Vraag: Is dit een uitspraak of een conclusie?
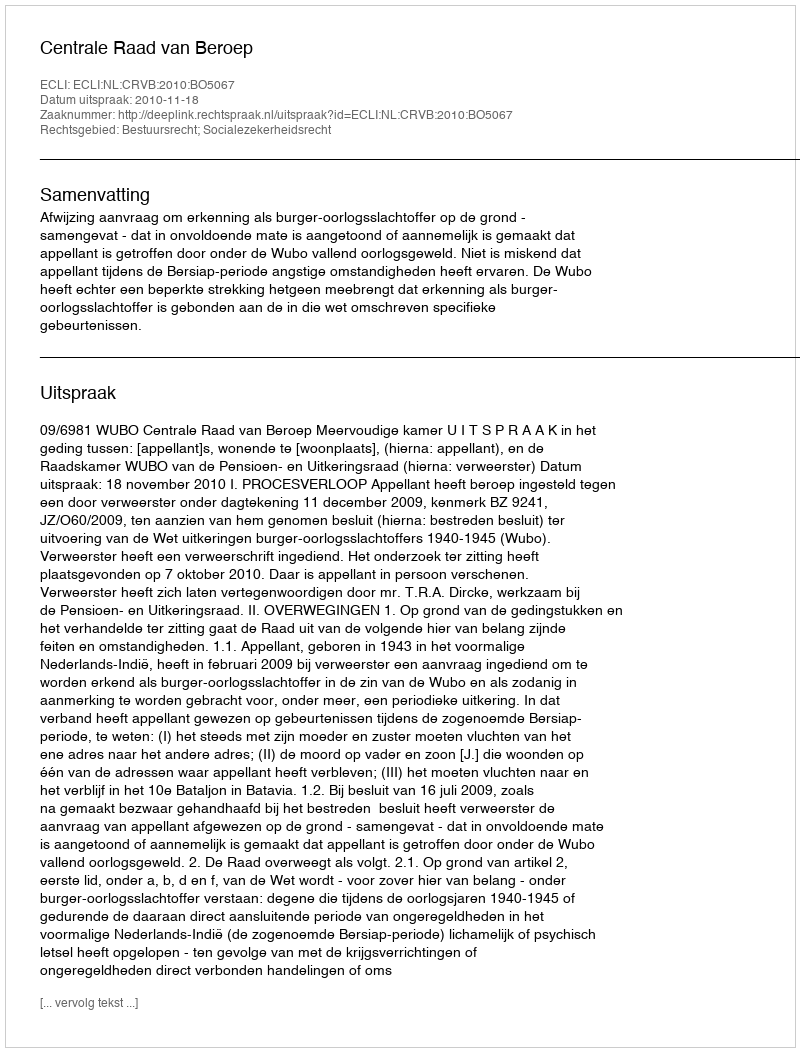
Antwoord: Uitspraak